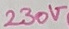
Text: 230V